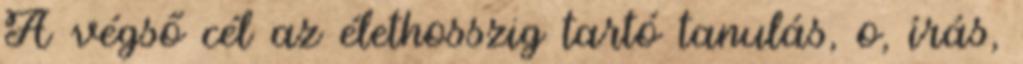
A végső cél az élethosszig tartó tanulás, o, írás,